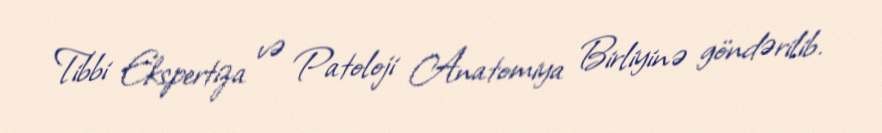
Tibbi Ekspertiza və Patoloji Anatomiya Birliyinə göndərilib.